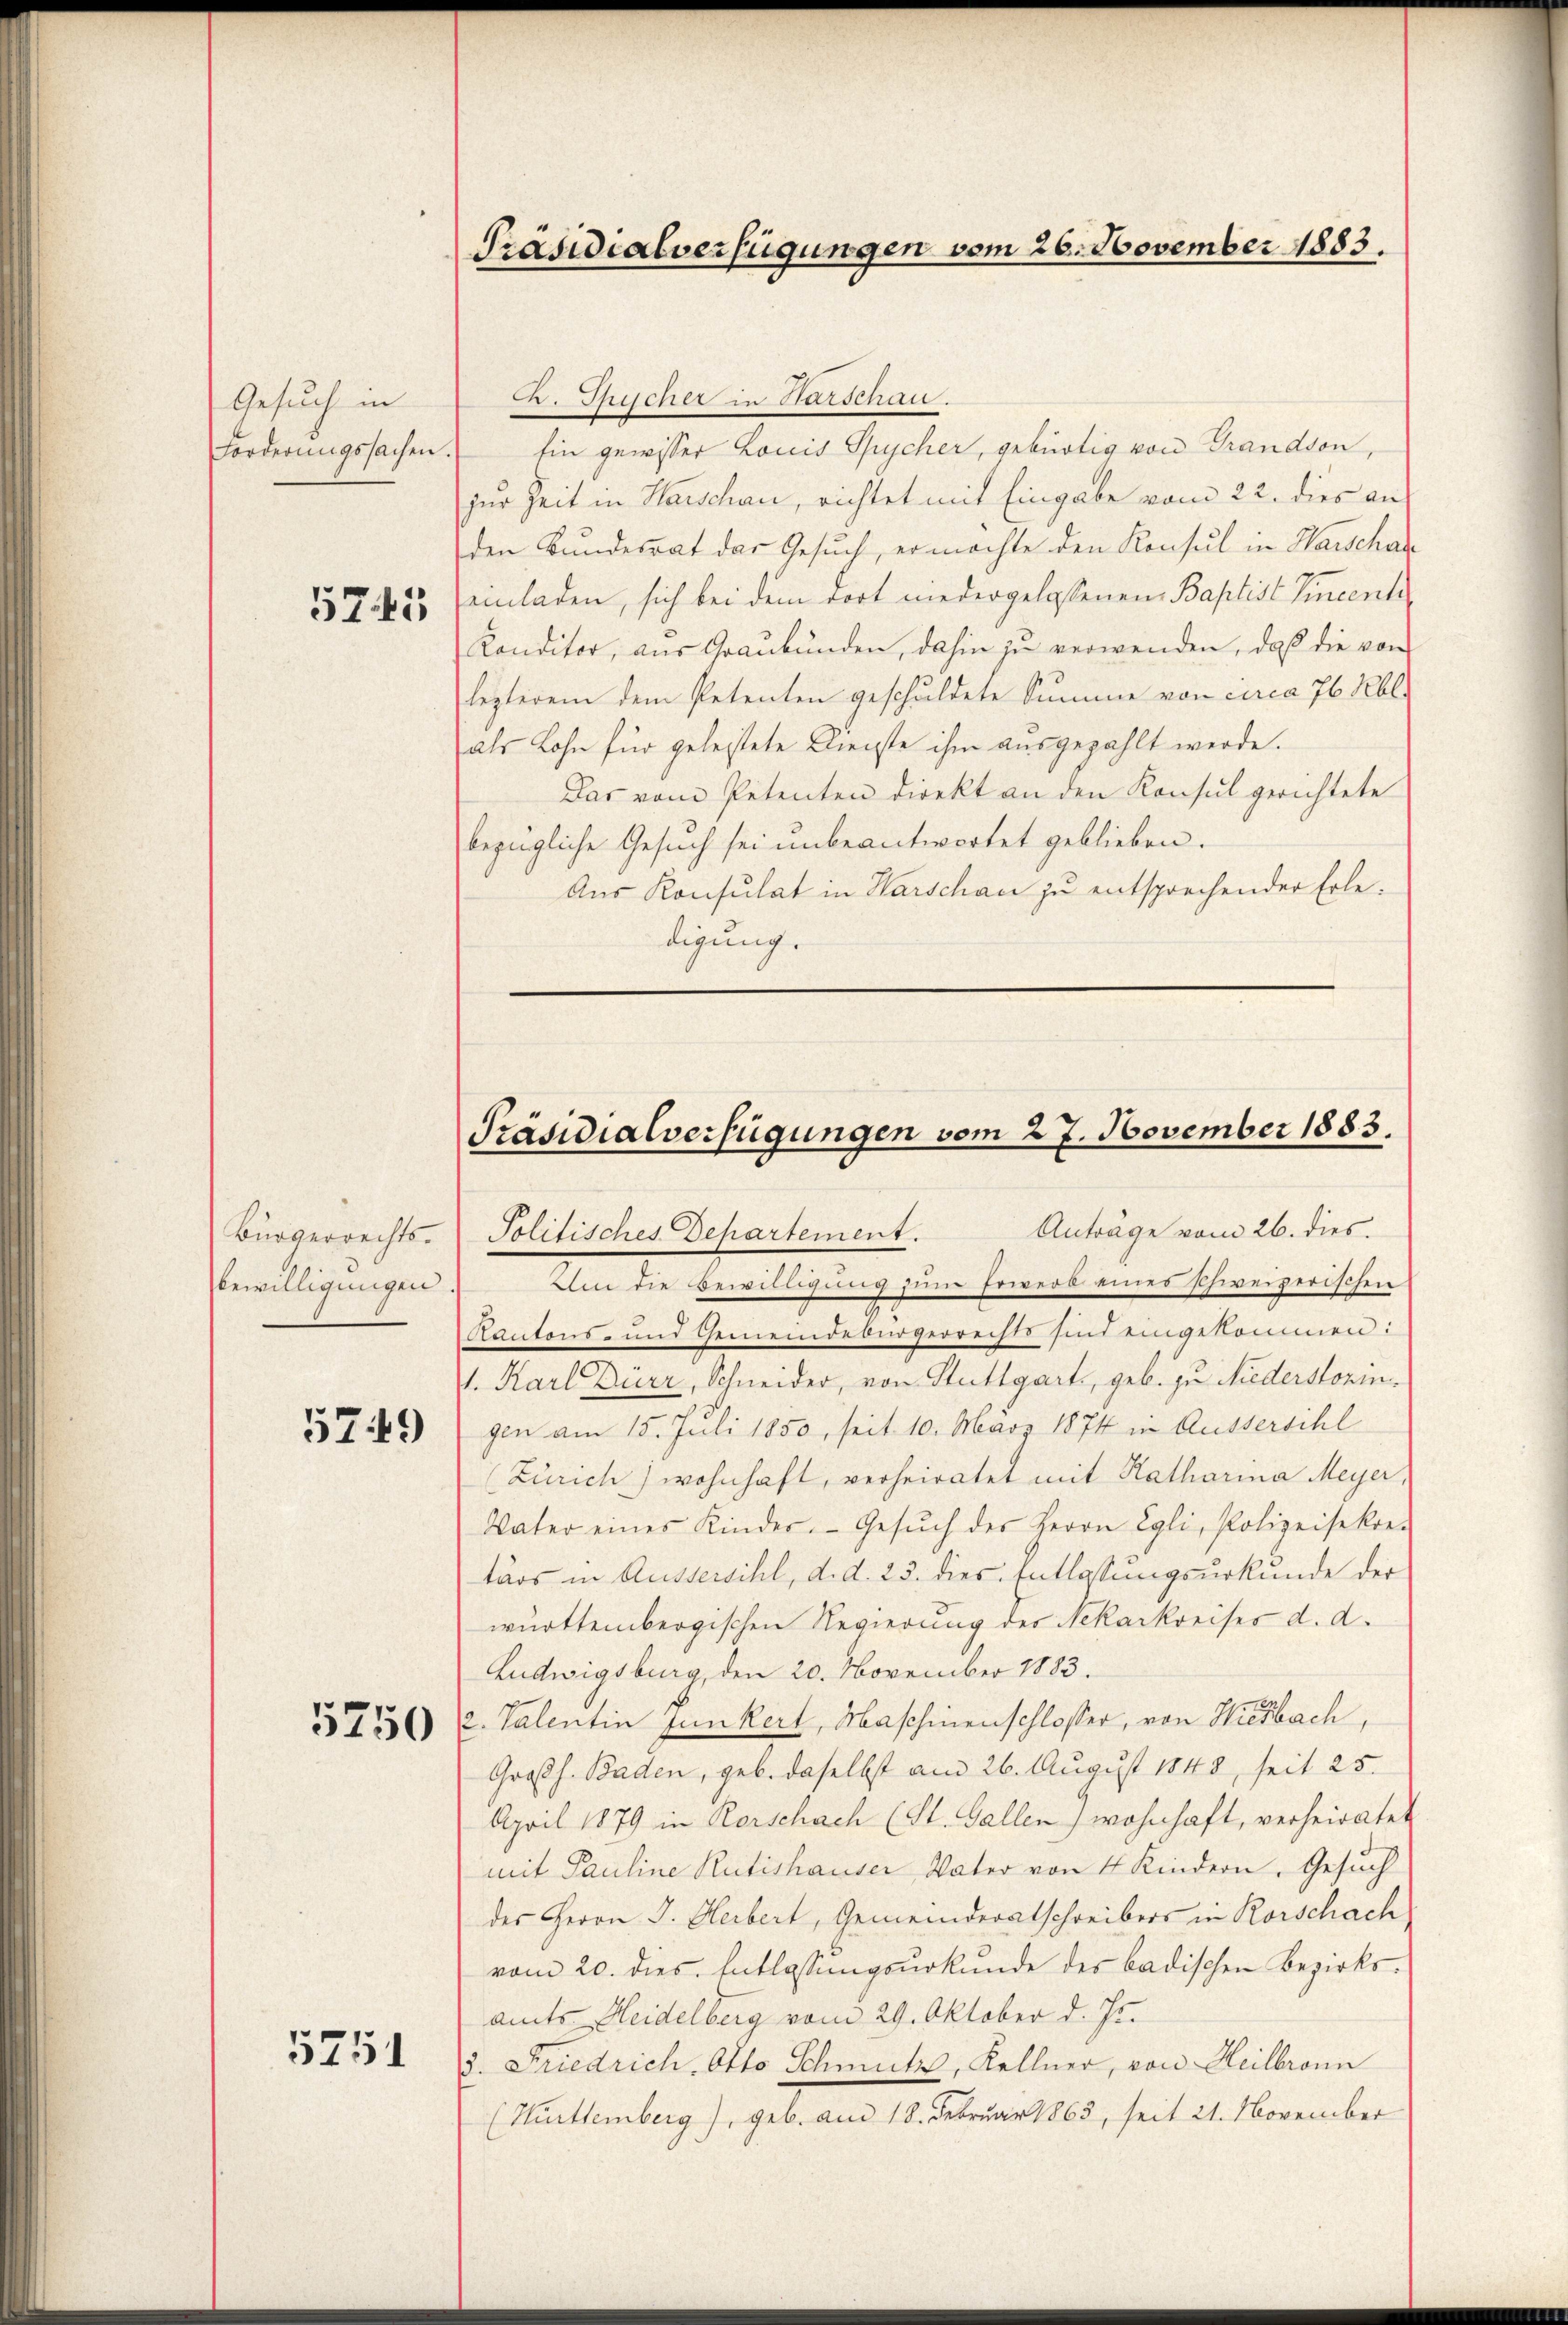
Gesuch in
Forderungssachen

5745

Bürgerrechts-
bewilligungen

5749)

5750

5751

C. Sicher in Harschau.
hin gewisser Louis Spycher, gebürtig von Grandson,
zur Zeit in Warschau, richtet mit Eingabe vom 22. dies an
den Bundesrat das Gesuch, er möchte den Konsul in Warschaf
einladen, sich bei dem dort niedergelassenen Baptist Vincente
Konditor, aus Graubünden, dahin zu verwenden, daß die von
lezterem dem Petenten geschuldete Summe von circa 76 Rbl.
als Lohn für geleitete Dienste ihm ausgezahlt werde.
Das vom Petenten direkt an den Konsul gerichtete
bezügliche Gesuch sei unbeantwortet geblieben.
Aus Konsulat in Warschau zu entsprechender Erledigung.
—

Präsidialverfügungen vom 26. November 1883.

Präsidialverfügungen vom 27. November 1883.

Anträge vom 26. dies.
Politisches Departement.
Um die Bewilligung sein Erwerb eines schweizerischen
Kantons- und Gemeindebürgerrechts sind eingekommen:
1. Karl Durr, Schneider, von Stuttgart, geb. zu Niederstoringen am 15. Juli 1850, seit 10. März 1874 in Aussersihl
(Zürich) wohnhaft, verheiratet mit Katharina Meyer
Vater eines Kinder. Gesŭch des Herrn Egli, Polizeisekre-
tärs in Aussersihl, d. d. 23. dies Entlassungsurkunde der
württembergischen Regierung des Nekarkreises d. d.
Ludwigsburg, den 20. November 1883.
2. Valentin Junkert, Maschinenschlosser, von Hiesbach,
Großh. Baden, geb. daselbst am 26. August 1848, seit 25.
April 1879 in Rorschach (St. Gallen, wohnhaft, verheiratet
mit Pauline Rütishauser Vater von 4 Kindern. Gesuch
des Herrn J. Herbert, Gemeinderatschreibers in Rorschach
vom 20. dies. Entlassungsurkunde des badischen Bezirksamts Heidelberg vom 29. Oktober d. Js.
3. Friedrich Otto Schmutz, Kellner, von Heilbronn
(Hürttemberg), geb. am 18. Februar 1863, seit 21. November